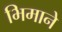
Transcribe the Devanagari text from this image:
भिमानेे